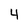
Character: 4